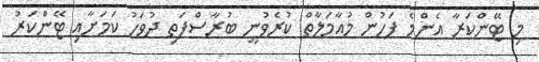
މި ޓޭންކަރާ އެންމެ ފަހުން މުއާމަލާތް ކުރެވުނީ ބުރާސްފަތި ދުވަހު ކަމަށާއި ޓޭންކަރު